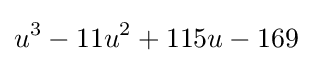
u^{3}-11u^{2}+115u-169